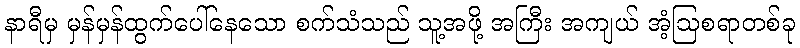
နာရီမှ မှန်မှန်ထွက်ပေါ်နေသော စက်သံသည် သူ့အဖို့ အကြီး အကျယ် အံ့ဩစရာတစ်ခု